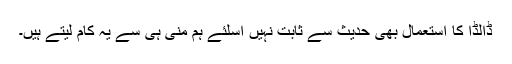
ڈالڈا کا استعمال بھی حديث سے ثابت نہيں اسلئے ہم منی ہی سے يہ کام ليتے ہيں۔